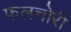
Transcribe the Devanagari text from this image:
फलचोरी